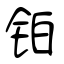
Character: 铂